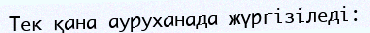
Тек қана ауруханада жүргізіледі: